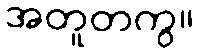
အတူတကွ။